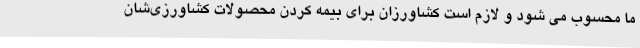
ما محسوب می شود و لازم است کشاورزان برای بیمه کردن محصولات کشاورزی‌شان